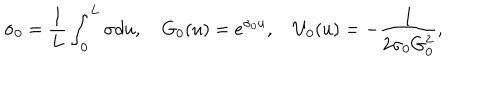
\sigma _ { 0 } = \frac { 1 } { L } \int _ { 0 } ^ { L } \sigma d u , \quad G _ { 0 } ( u ) = e ^ { \sigma _ { 0 } u } , \quad U _ { 0 } ( u ) = - \frac { 1 } { 2 \sigma _ { 0 } G _ { 0 } ^ { 2 } } ,